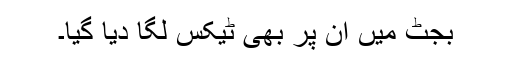
بجٹ میں ان پر بھی ٹیکس لگا دیا گیا۔